Report on vaccination in Madras 1904-1921 - 1904-1921
Year: 1904
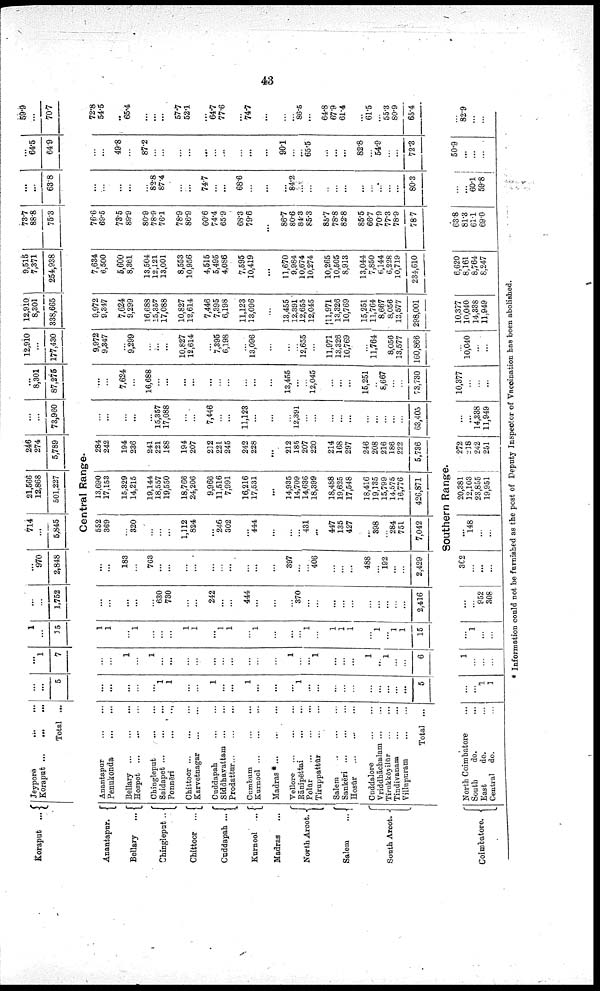
43
Koraput ...
Anantapur.
Bellary
...
Chingleput ...
Chittoor ...
Cuddapah ...
Kurnool ...
Madras ...
North Arcot.
Salem
...
South Arcot.
Coimbatore.
Jeypore ... ...
Koraput
...
...
...
Total ...
...
...
5
...
1
7
1
...
35
...
...
1,752
...
970
2,848
714
...
5,845
21,566
12,868
501,227
246
274
5,789
...
...
73,960
...
8,301
87,275
12,910
...
177,430
12,910
8,301
338,665
9,515
7,371
254,938
73.7
88.8
75.3
...
...
63.8
...
64.5
64.9
59.9
...
70.7
Central Range.
Anantapur
...
...
Penukonda
...
...
Bellary
...
...
...
Hospet
...
...
...
Chingleput
...
...
Saidapet
...
...
...
Ponnēri
...
...
Chittoor
...
...
...
Karvetnagar
...
...
Cuddapah
...
...
Siddhayattam
...
...
Prodattur
...
...
...
Cumbum ... ...
Kurnool
...
...
...
Madras *
...
...
...
Vellore
...
...
...
Rānipēttai
...
...
Polūr
...
...
...
Tiruppattūr
...
...
Salem
...
...
...
Sankēri
...
...
...
Hosūr
...
...
...
Cuddalore
...
...
Vriddhāchalam ... ...
Tirukkōyilūr
...
...
Tindivanam
...
...
Villupuram
...
...
Total ...
North Coimbatore ...
South
do. ...
East
do. ...
Central do. ...
...
...
...
...
...
1
1
...
...
1
...
...
1
...
...
...
1
...
...
...
...
...
...
...
...
...
...
5
...
...
1
...
1
...
...
...
...
...
...
...
...
...
...
1
...
... 1
...
...
...
1
...
1
...
...
6
1
1
...
1
...
...
...
1
1
...
1
1
...
1
...
...
...
1
...
1
1
1
...
1
...
1
1
15
...
...
...
...
...
630
730
...
...
242
...
...
444
...
...
...
370
...
...
...
...
...
...
...
...
...
...
2,416
...
...
183
...
763
...
...
...
...
...
...
...
...
...
...
397
...
...
406
...
...
...
488
...
192
...
...
2,429
552
369
...
320
...
...
...
1,112
824
...
246
302
...
444
...
...
...
431
...
447
135
427
...
398
...
284
751
7,042
13,690
17,153
15,329
14,215
19,144
18,557
19,550
18,766
24,206
9,966
11,516
7,991
16,216
17,531
...
14,935
14,709
14,636
18,399
18,488
19,625
17,548
18,416
19,135
15,799
14,575
16,776
426,871
284
242
194
236
241
221
188
194
207
212
221
245
242
228
...
212
185
207
220
214
168
297
246
208
216
186
222
5,736
...
...
...
...
...
15,357
17,088
...
...
7,446
...
...
11,123
...
...
...
12,391
...
...
...
...
...
...
...
...
...
...
63,405
...
...
7,624
...
16,688
...
...
...
...
...
...
...
...
...
...
13,455
...
...
12,045
...
...
...
15,251
...
8,667
...
...
73,730
9,972
9,347
...
9,299
...
...
...
10,827
12,614
...
7,395
6,198
...
13,096
...
...
...
12,655
...
11,971
13,326
10,769
...
11,764
...
8,056
13,577
160,866
9,972
9,347
7,624
9,299
16,688
15,357
17,088
10,827
12,614
7,446
7,395
6,198
11,123
13,096
...
13,455
12,391
12,655
12,045
11,971
13,326
10,769
15,251
11,764
8,667
8,056
13,577
298,001
7,634
6,500
5,600
8,361
13,504
12,121
13,001
8,553
10,956
4,515
5,495
4,086
7,595
10,419
...
11,670
9,984
10,674
10,274
10,265
10,505
8,913
13,044
7,850
6,144
6,228
10,719
234,610
76.6
69.5
73.5
89.9
80.9
78.9
76.1
78.9
86.9
60.6
74.4
65.9
68.3
79.6
...
86.7
80.6
84.3
85.3
85.7
78.8
82.8
85.5
66.7
70.9
77.3
78.9
78.7
...
...
...
...
...
82.8
87.4
...
...
74.7
...
...
68.6
...
...
...
84.2
...
...
...
...
...
...
...
...
...
...
80.3
...
...
49.8
...
87.2
...
...
...
...
...
...
...
...
...
...
90.1
...
... 65.5
...
...
...
82.8
...
54.9
...
...
72.3
72.8
54.5
...
65.4
...
...
57.7
52.1
...
64.7
77.6
...
74.7
...
...
...
86.5
...
64.8
67.9
61.4
...
61.5
...
55.3
80.9
65.4
Southern Range.
...
...
1
1
1
...
...
...
...
1
...
...
...
...
952
308
362
...
...
...
...
148
...
...
20,381
12,103
23,855
19,951
272
218
242
251
...
...
14,338
11,949
10,377
...
...
...
...
10,040
...
...
10,377
10,040
14,338
11,949
6,620
8,161
8,764
8,247
63.8
81.3
61.1
69.0
...
...
60.1
59.8
50.9
...
...
...
...
82.9
...
...
* Information could not be furnished as the post of Deputy Inspector of Vaccination has been abolished.